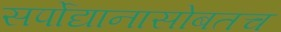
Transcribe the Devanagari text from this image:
सर्पोद्यानासोबतच